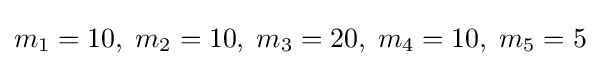
m_{1}=10,\;m_{2}=10,\;m_{3}=20,\;m_{4}=10,\;m_{5}=5